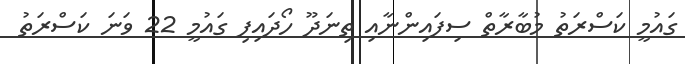
ގައުމީ ކަސްރަތު މުބާރާތް ސިފައިންނާއި ތިނަދޫ ހޯދައިފި ގައުމީ 22 ވަނަ ކަސްރަތު